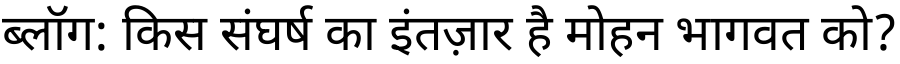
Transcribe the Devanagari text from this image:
ब्लॉग: किस संघर्ष का इंतज़ार है मोहन भागवत को?